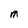
Character: M